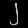
Digit: ၂